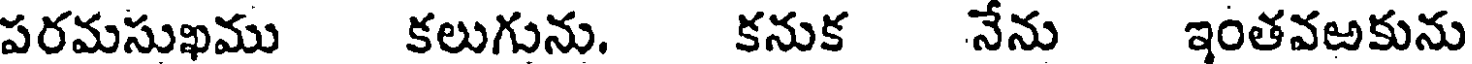
పరమసుఖము కలుగును. కనుక నేను ఇంతవఱకును